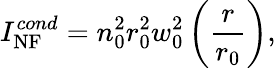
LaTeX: I_{\mathrm{NF}}^{cond}=n_{0}^{2}r_{0}^{2}w_{0}^{2}\left(\frac{r}{r_{0}}\right),